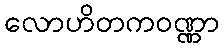
လောဟိတကဝဏ္ဏာ